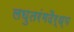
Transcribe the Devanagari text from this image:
लघुतरंगदैर्ध्य